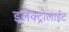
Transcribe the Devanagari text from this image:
इलेक्ट्रोलाईट